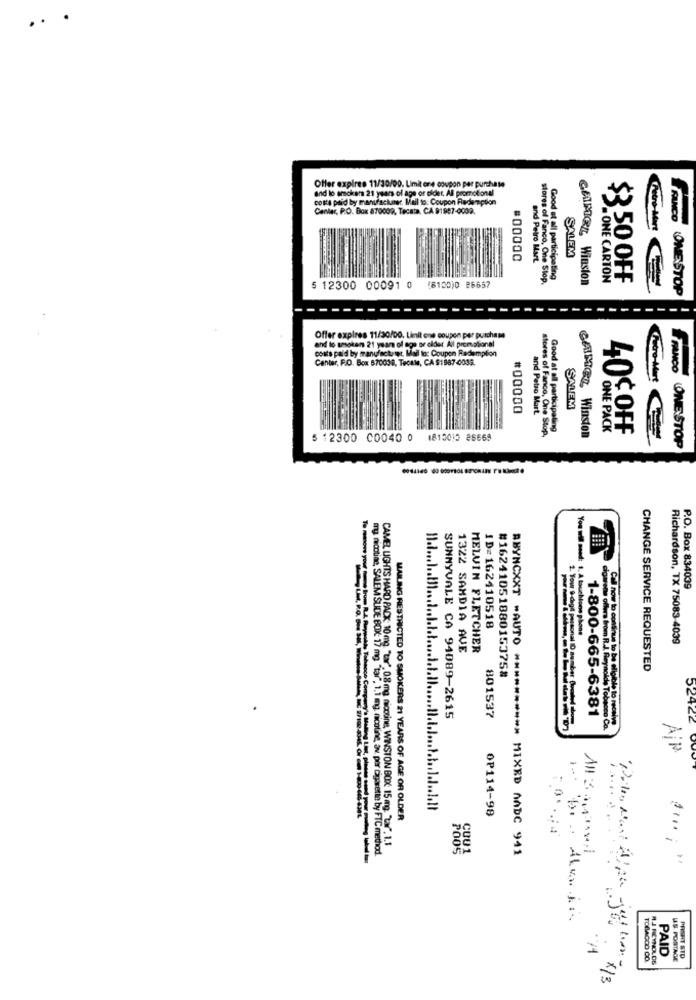
..
Offer expires 11/30/00. Limit one coupon per purchase
and lo arsckers 21 years of age or didet, All promotional
costa paid by manufackner. Mail to: Coupon Redemption
Canlar, P.O. Box 870009, Tecata, CA 91987-0002.
sores of Fance.
SALEM
#00000
and Petro Mart.
s of Fanco, One Stop.
Good at all participating
CAMEL Winston
-ONE CARTON
$ 50 OFF
5 12300 00091 0 (8100)0 26657
FRANCO ONESTOP
Offer expires 11/30/00, Limit one coupon per purchase
and to smoken 21 year of age or older All promotional
costs paid by manufacturer. Mail lo: Coupon Redemption
Center, P.O. Box 670038, Tecate, CA $1987-0032.
#00000
SALEM
and Petro Mart
Good at all participating
CAMEL Winston
ONE PACK
40℃ OFF
5 12300 C0040 0 1810010 86668
of Fanco, One Stop,
FRANCO ONE STOP
P.O. Box 834039
ID=162410518
You wil need: 1. A touchtone phone
Richardson, TX 75083-4039
1322 SAMDIA AVE
MELVIN FLETCHER
Call now to continue to B
ABYNCXXT -AUTO **
#16241051880153758
CHANGE SERVICE REQUESTED
1-800-665-6381
SUNNYVALE CA 94089-2615
801537
digt personal 10 somber Checked ahome
52424
Air
OP114-99
MAILING RESTRICTED TO SMOKERS 21 YEARS OF AGE OR OLDER
CAMEL LIGHTS HARD PACK: 10 mg. "tar", 0,8 mg nicotine, WINSTON BOX: 15 mg. "tr". 1.1
my nicotine, SALEM SUDE BOX 17 mg "tar", 1.1 mg. nicotine, av. per cigarette by FTC method
** MIXED NADC 941
PAID
TOBACCO OD
RJ REYNOLDS
AS PORTAGE
PRISHT STO